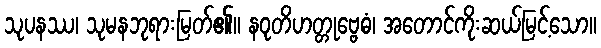
သုပနဿ၊ သုမနဘုရားမြတ်၏။ နဝုတိဟတ္တုဗ္ဗေဓံ၊ အတောင်ကိုးဆယ်မြင့်သော။